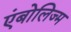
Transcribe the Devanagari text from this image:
एंबोलिज्म